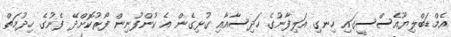
އެމްޑަބްލިޔޫއެސްސީގައި ހިނގި އަލިފާނުގެ ހަދިސާއާއި ގުޅިގެން އެ ކުންފުނިން ފޯރުކޮށްދޭ ފެނުގެ ހިދުމަތް